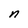
Character: n